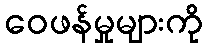
ဝေဖန်မှုများကို